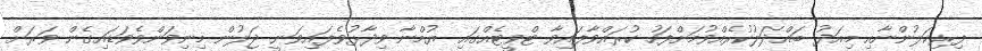
ފިރިކަލުންނާއި މިއަދު ބައްދަލުކުރެއްވުމަށްފަހު ކުރައްވާފައިވާ ޓްވީޓެއްގައި ޔުމްނާ ވިދާޅުވެފައިވަނީ ޖަލުން މިނިވަންވެވަޑައިގެން ވަރަށް